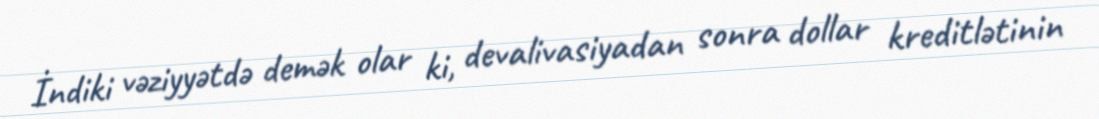
İndiki vəziyyətdə demək olar ki, devalivasiyadan sonra dollar kreditlətinin